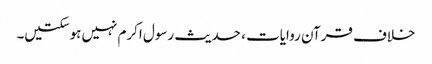
خلاف قرآن روایات ، حدیث رسول اکرم نہیں‌ہوسکتیں۔